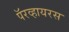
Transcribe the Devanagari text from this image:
पॅरव्हायरस